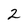
Character: 2